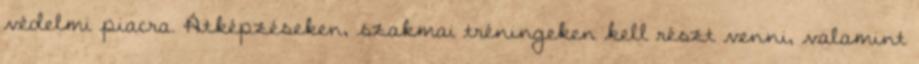
védelmi piacra. Átképzéseken, szakmai tréningeken kell részt venni, valamint